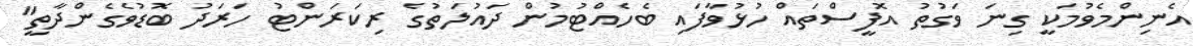
އެނިންމެވުމަކީ ގިނަ ވަގުތު އޮފީސްތައް ހުޅުވާފައި ބެހެއްޓުމުން ދައުލަތުގެ ރިކަރަންޓު ހަރަދު ބޮޑުވެގެންދާތީ"